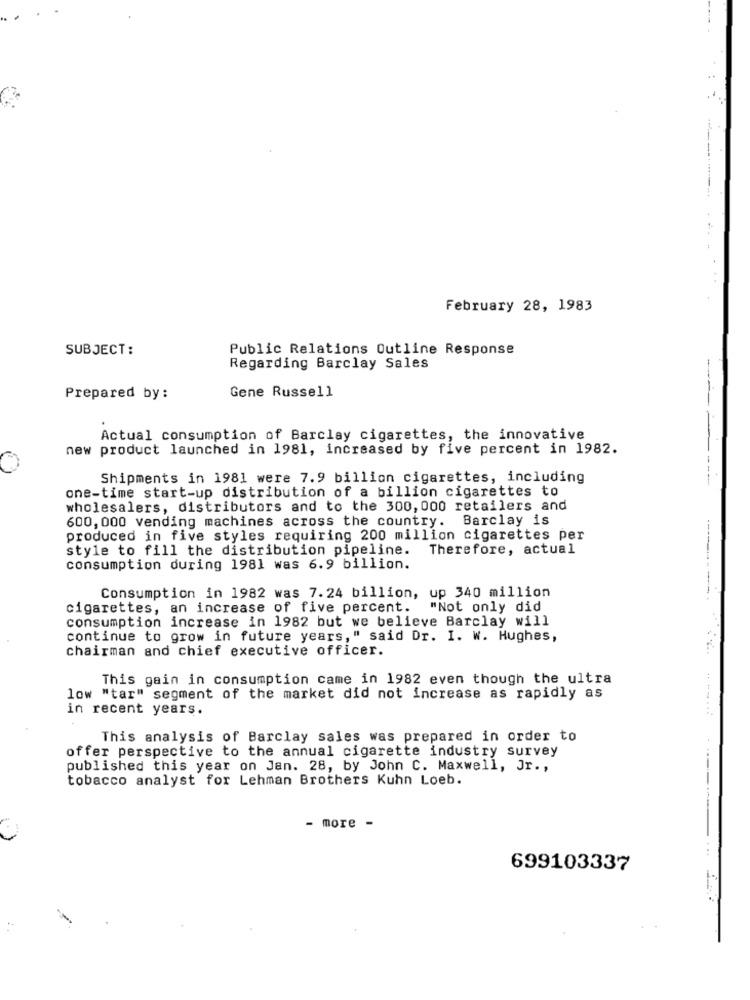
February 28, 1983
SUBJECT:
Public Relations Outline Response
Regarding Barclay Sales
Gene Russell
Prepared by :
Actual consumption of Barclay cigarettes, the innovative
new product launched in 1981, increased by five percent in 1982.
Shipments in 1981 were 7.9 billion cigarettes, including
one-time start-up distribution of a billion cigarettes to
wholesalers, distributors and to the 300, 000 retailers and
600, 000 vending machines across the country. Barclay is
produced in five styles requiring 200 million cigarettes per
style to fill the distribution pipeline. Therefore, actual
consumption during 1981 was 6.9 billion.
Consumption in 1982 was 7.24 billion, up 340 million
cigarettes, an increase of five percent.
"Not only did
consumption increase in 1982 but we believe Barclay will
continue to grow in future years," said Dr. I. W. Hughes,
chairman and chief executive officer.
This gain in consumption came in 1982 even though the ultra
low "tar" segment of the market did not increase as rapidly as
in recent years.
This analysis of Barclay sales was prepared in order to
offer perspective to the annual cigarette industry survey
published this year on Jan. 28, by John C. Maxwell, Jr .,
tobacco analyst for Lehman Brothers Kuhn Loeb.
- more -
699103337